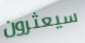
سيعثرون